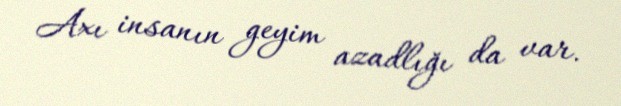
Axı insanın geyim azadlığı da var.